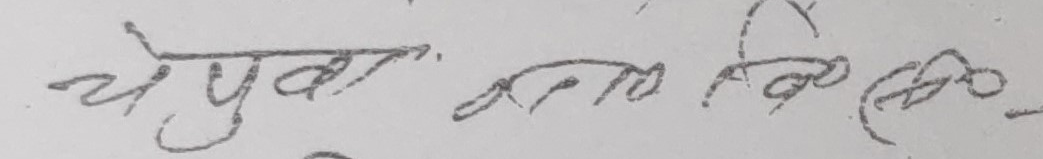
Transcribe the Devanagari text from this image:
चुपचाप काम लिनेछ ।